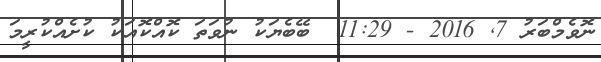
ނޮވެމްބަރު 7